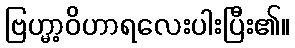
ဗြဟ္မာ့ဝိဟာရလေးပါးပြီး၏။